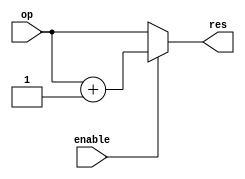
`timescale 1ns / 1ps

`define ON 1'b1
`define OFF 1'b0

module intdiv_padj(op, res, enable);

  parameter WIDTH=1;

  // IN
  input [WIDTH-1:0] op;
  input enable;
  // OUT
  output [WIDTH-1:0] res;

  reg [WIDTH-1:0] res;
  always @(op or enable)
  begin
    if (enable == `ON) res <= op + 1'b1;
    else res <= op;
  end

endmodule